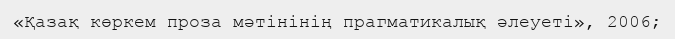
«Қазақ көркем проза мәтінінің прагматикалық әлеуеті», 2006;